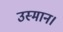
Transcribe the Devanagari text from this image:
उस्मान।